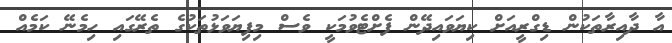
އާ ދާއިރާތަކުން ޑިގްރީއަށް ކިޔަވައިދޭން ފެށްޓެވުމަކީ ވެސް މިފިޔަވަޅުތަކުގެ ތެރޭގައި ހިމެނޭ ކަމެއް